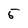
Character: 5